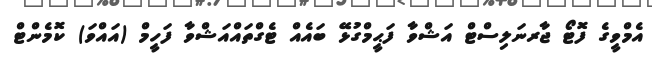
އެމްވީގެ ފޮޓޯ ޖާރނަލިސްޓް އަޝްވާ ފަޙީމްގުޅޭ ބައެއް ޓެގްތައްއަޝްވާ ފަހީމް (އައްވަ) ކޮމެންޓް